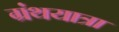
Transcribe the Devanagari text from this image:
ग्रंथयात्रा